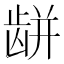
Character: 𪚏